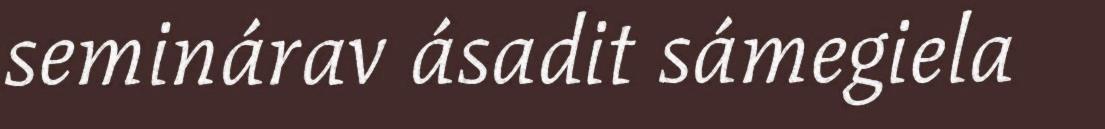
seminárav ásadit sámegiela